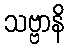
သဗ္ဗာနိ